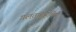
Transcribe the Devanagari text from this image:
गलतफ़हमियां